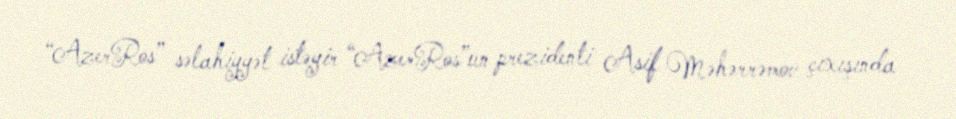
“AzerRos” səlahiyyət istəyir “AzerRos”un prezidenti Asif Məhərrəmov çıxışında